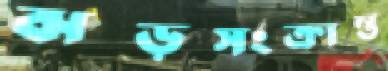
ঝড়সংক্রান্ত